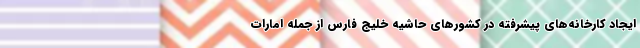
ایجاد کارخانه‌های پیشرفته در کشورهای حاشیه خلیج فارس از جمله امارات